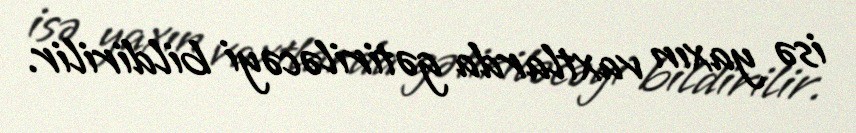
isə yaxın vaxtlarda gətiriləcəyi bildirilir.